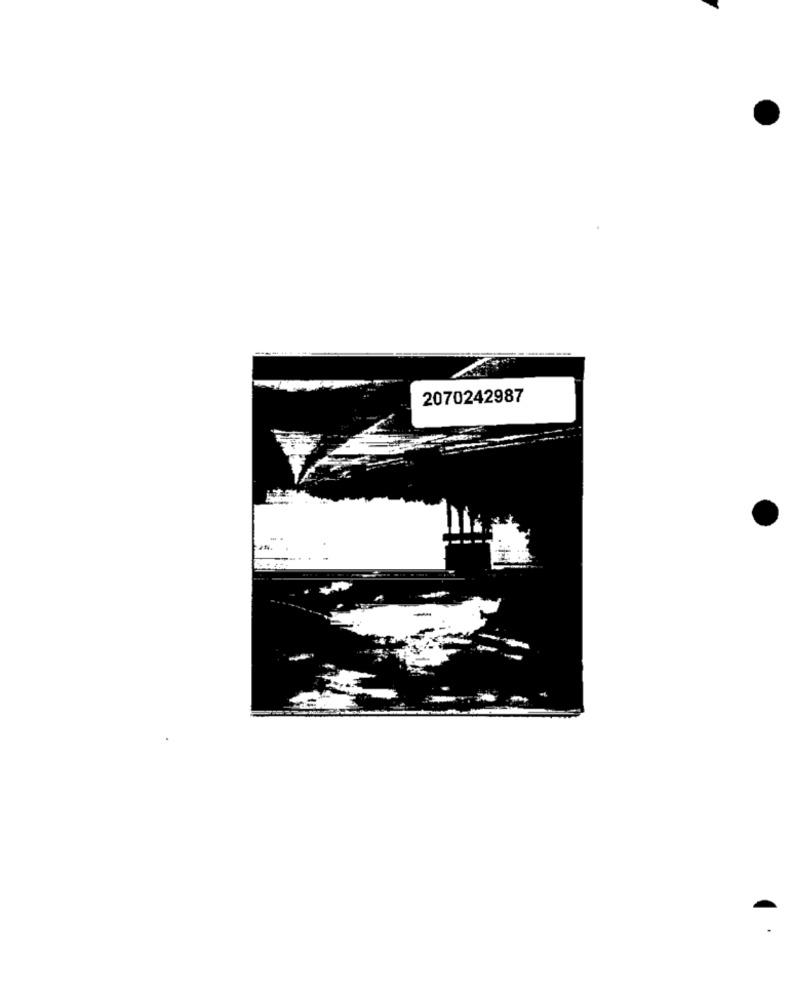
2070242987